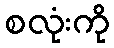
စလုံးကို